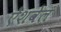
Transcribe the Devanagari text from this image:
ऐशवेल